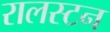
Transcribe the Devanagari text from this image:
रालस्टन